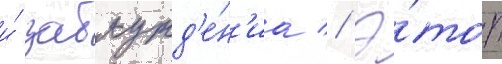
и́ заблужд'е́н'иа // Э́тот